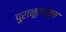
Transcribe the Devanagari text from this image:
पुरानूतनयुग